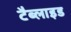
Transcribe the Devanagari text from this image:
टैब्लाइड